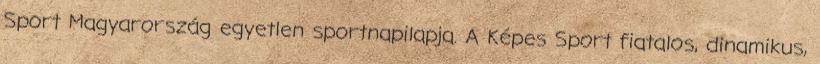
Sport Magyarország egyetlen sportnapilapja. A Képes Sport fiatalos, dinamikus,